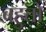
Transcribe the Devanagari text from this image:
बहुतो